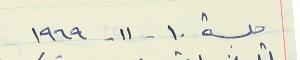
جلسة ١٠ - ١١ - ١٩٦٩